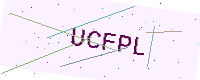
Text: UCFPL